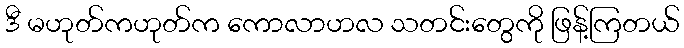
ဒီ မဟုတ်ကဟုတ်က ကောလာဟလ သတင်းတွေကို ဖြန့်ကြတယ်